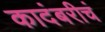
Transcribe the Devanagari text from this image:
कादंबरीचं